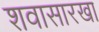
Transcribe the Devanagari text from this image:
शवासारखा